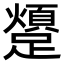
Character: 𨆜